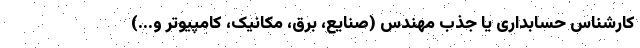
کارشناس حسابداری یا جذب مهندس (صنایع، برق، مکانیک، کامپیوتر و...)